Annual report of the Prince of Wales Medical College, Patna
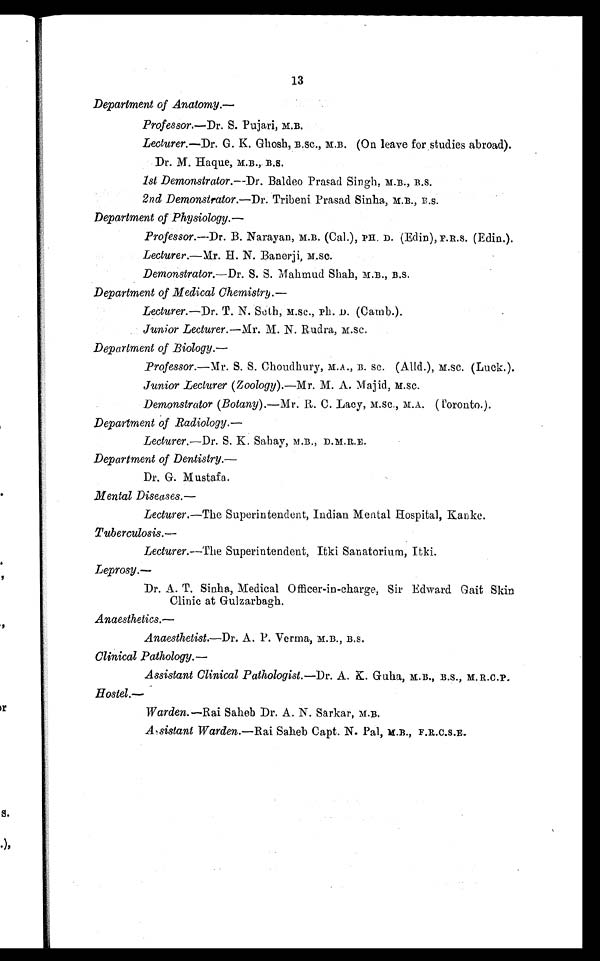
13
Department of Anatomy.
—
Professor.—Dr. S. Pujari, M.B.
Lecturer. —Dr. G. K. Ghosh, B.Sc., M.B. (On leave for studies abroad).
Dr. M. Haque, M.B., B.S.
1st Demonstrator. —Dr. Baldeo Prasad Singh, M.B., B.S.
2nd Demonstrator. —Dr. Tribeni Prasad Sinha, M.B., B.S.
Department of Physiology.—
Professor. —Dr. B. Narayan, M.B. (Cal.), PH. D. (Edin), F.R.S. (Edin.).
Lecturer.—Mr. H. N. Banerji, M.SC.
Demonstrator. —Dr. S. S . Mahmud Shah, M.B., B.S.
Department of Medical Chemistry.—
Lecturer. —Dr. T. N. Seth, M.SC., Ph. D. (Camb.).
Junior Lecturer. —Mr. M. N. Rudra, M.Sc.
Department of Biology.—
Professor. —Mr. S. S. Choudhury, M.A., B. SC. (Alld.), M.SC. (Luck.).
Junior Lecturer (Zoology). —Mr. M. A. Majid, M.SC.
Demonstrator (Botany). —Mr. R. C. Lacy, M.SC., M. A.. ( Toronto.).
Department of Radiology.—
Lecturer. —Dr. S. K. Sahay, M.B., D.M.R.E.
Department of Dentistry.
—
Dr. G. Mustafa.
Mental Diseases.
—
Lecturer.—The Superintendent, Indian Mental Hospital, Kanke.
Tuberculosis. —
Lecturer. —The Superintendent, Itki Sanatorium, Itki.
Leprosy.—
Dr. A. T. Sinha, Medical Officer-in-charge, Sir Edward Gait Skin
Clinic at Gulzarbagh.
Anaesthetics.—
Anaesthetist.—Dr. A. P. Verma, M.B., B.S.
Clinical Pathology.—
Assistant Clinical Pathologist. —Dr. A. K. Guha, M.B., B.S., M. R.C.P.
Hostel.—
Warden. —Rai Saheb Dr. A. N. Sarkar, M.B.
Assistant Warden. —Rai Saheb Capt. N. Pal, M.B., F.R.C.S.E.